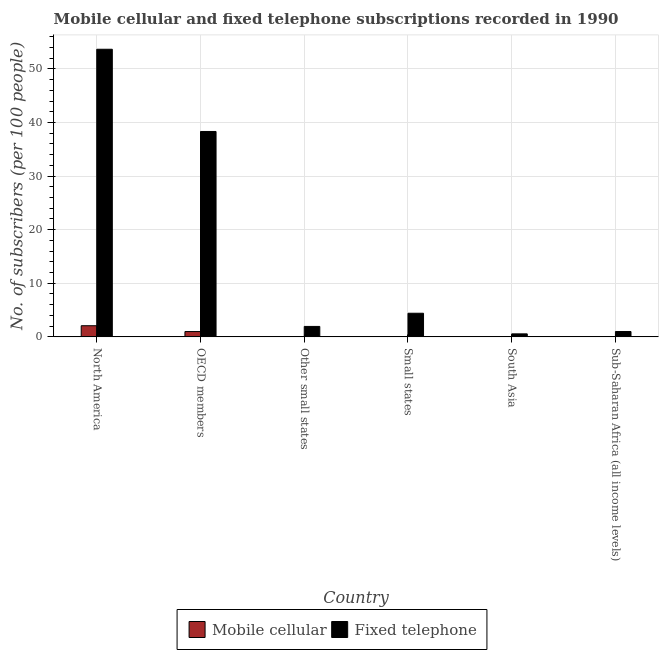
| Country | Mobile cellular | Fixed telephone |
 | --- | --- | --- |
 | North America | 2.08 | 53.7 |
 | OECD members | 0.991 | 38.3 |
 | Other small states | 0.0174 | 1.95 |
 | Small states | 0.0211 | 4.41 |
 | South Asia | 0.000265 | 0.56 |
 | Sub-Saharan Africa (all income levels) | 0.00155 | 0.996 |